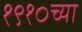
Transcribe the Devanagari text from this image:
१९१०च्या